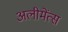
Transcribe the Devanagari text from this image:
अलीमेंत्स